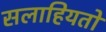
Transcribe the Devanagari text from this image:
सलाहियतों